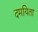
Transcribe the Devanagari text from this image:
दमयिता